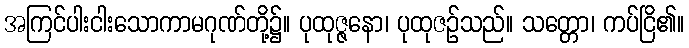
အကြင်ပါးငါးသောကာမဂုဏ်တို့၌။ ပုထုဇ္ဇနော၊ ပုထုဇဉ်သည်။ သတ္တော၊ ကပ်ငြိ၏။